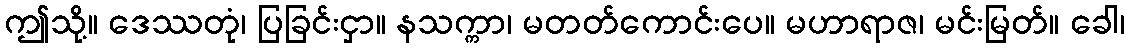
ဤသို့။ ဒေဿတုံ၊ ပြခြင်းငှာ။ နသက္ကာ၊ မတတ်ကောင်းပေ။ မဟာရာဇ၊ မင်းမြတ်။ ခေါ၊